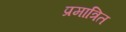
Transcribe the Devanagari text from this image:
प्रमात्रित